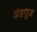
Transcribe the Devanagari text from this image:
अंडपुंज